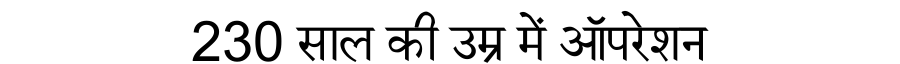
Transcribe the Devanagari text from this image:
230 साल की उम्र में ऑपरेशन